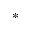
^ *